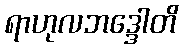
ရာဟုလဘဒ္ဒေါတိ